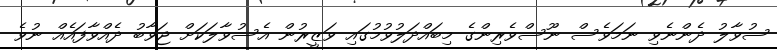
ސުވާލު ދެންނެވި ނަމަވެސް ނޫސްވެރިންގެ މިބައްދަލުވުމުގައި ވަޒީރުން އެސުވާލަކަށް ޖަވާބު ދެއްވާފައެއް ނުވެ